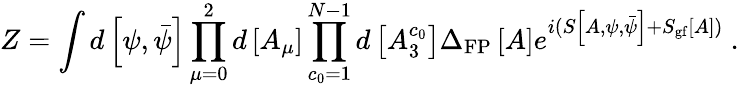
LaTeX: Z=\int d\left[\psi,\bar{\psi}\right]\prod_{\mu=0}^{2}d\left[A_{\mu}\right]\prod_{c_{0}=1}^{N-1}d\left[A_{3}^{c_{0}}\right]\Delta_{\mathrm{FP}}\left[A\right]e^{i(S\left[A,\psi,\bar{\psi}\right]+S_{\mathrm{gf}}\left[A\right])}\ .